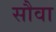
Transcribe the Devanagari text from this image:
सौवा